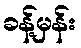
ခန့်မှန်း